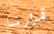
قرارنا